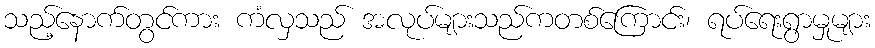
သည့်နောက်တွင်ကား ကံလှသည် အလုပ်များသည်ကတစ်ကြောင်း၊ ရပ်ရေးရွာမှုများ